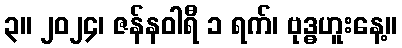
၃။ ၂၀၂၄၊ ဇန်နဝါရီ ၁ ရက်၊ ဗုဒ္ဓဟူးနေ့။